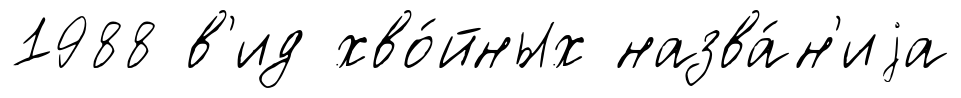
1988 в'ид хво́йных назва́н'иjа